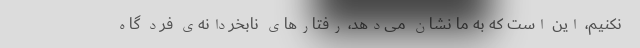
نکنیم، این است که به ما نشان می‌دهد، رفتارهای نابخردانه‌ی فرد گاه